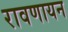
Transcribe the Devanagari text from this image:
रावणायन